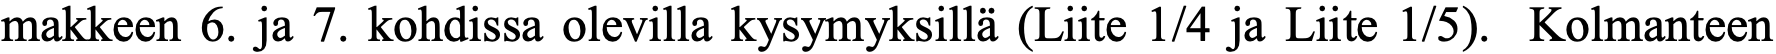
makkeen 6. ja 7. kohdissa olevilla kysymyksillä (Liite 1/4 ja Liite 1/5). Kolmanteen